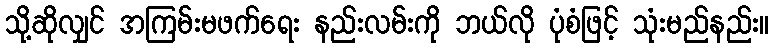
သို့ဆိုလျှင် အကြမ်းမဖက်ရေး နည်းလမ်းကို ဘယ်လို ပုံစံဖြင့် သုံးမည်နည်း။